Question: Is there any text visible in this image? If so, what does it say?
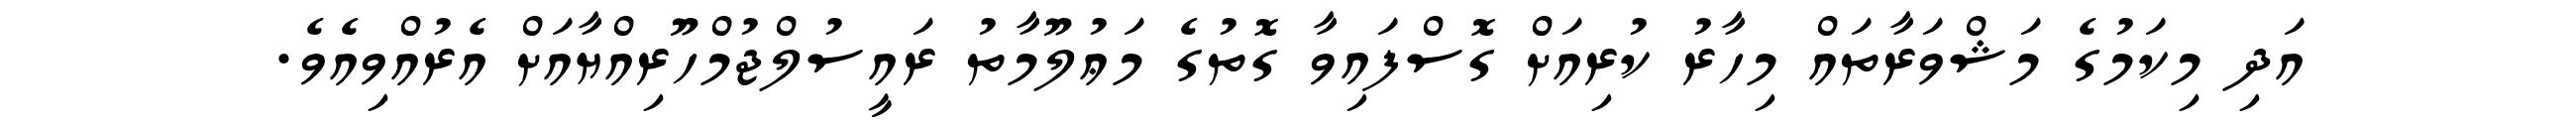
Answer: އަދި މިކަމުގެ މަޝްވަރާތައް މިހާރު ކުރިއަށް ގޮސްފައިވާ ގޮތުގެ މަޢުލޫމާތު ރައީސުލްޖުމްހޫރިއްޔާއަށް އެރުއްވިއެވެ.